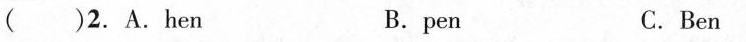
( )2.A.Hen B.pen C.Ben